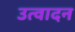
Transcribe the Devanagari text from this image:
उत्वादन